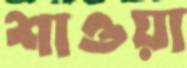
শাওয়া